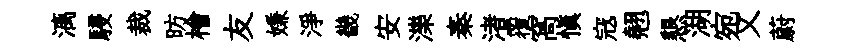
漓駸裁昉檜友嫌淨畿安濼秦渚覆窩慎𡨥翹懇湖宛又蔚